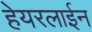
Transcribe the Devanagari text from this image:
हेयरलाईन